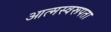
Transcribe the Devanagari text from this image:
आत्मस्वरूपता